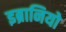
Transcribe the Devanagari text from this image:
इब्रानियो